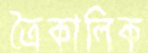
ত্রৈকালিক